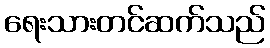
ရေးသားတင်ဆက်သည်